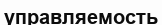
управляемость